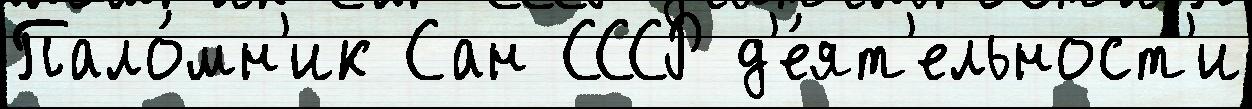
Пало́мн'ик Сан СССР д'е́ят'ельност'и